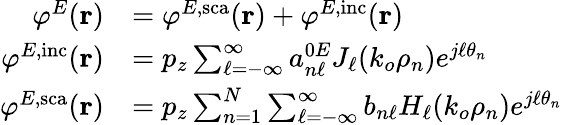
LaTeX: \begin{array}{rl}{\varphi^{E}(\mathbf{r})}&{=\varphi^{E,\mathrm{sca}}(\mathbf{r})+\varphi^{E,\mathrm{inc}}(\mathbf{r})}\\ {\varphi^{E,\mathrm{inc}}(\mathbf{r})}&{=p_{z}\sum_{\ell=-\infty}^{\infty}a_{n\ell}^{0E}J_{\ell}(k_{o}\rho_{n})e^{j\ell\theta_{n}}}\\ {\varphi^{E,\mathrm{sca}}(\mathbf{r})}&{=p_{z}\sum_{n=1}^{N}\sum_{\ell=-\infty}^{\infty}b_{n\ell}H_{\ell}(k_{o}\rho_{n})e^{j\ell\theta_{n}}}\end{array}